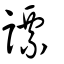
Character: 謤